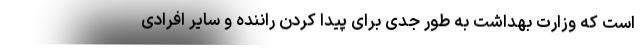
است که وزارت بهداشت به طور جدی برای پیدا کردن راننده و سایر افرادی